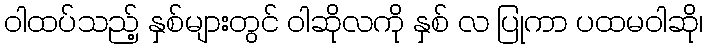
ဝါထပ်သည့် နှစ်များတွင် ဝါဆိုလကို နှစ် လ ပြုကာ ပထမဝါဆို၊